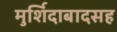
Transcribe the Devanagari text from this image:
मुर्शिदाबादसह